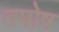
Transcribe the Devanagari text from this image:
तपोष